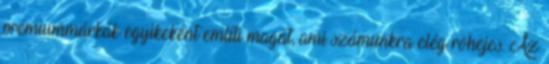
prémiummárkák egyikeként említi magát, ami számunkra elég röhejes. Az